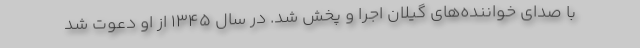
با صدای خواننده‌های گیلان اجرا و پخش شد. در سال ۱۳۴۵ از او دعوت شد